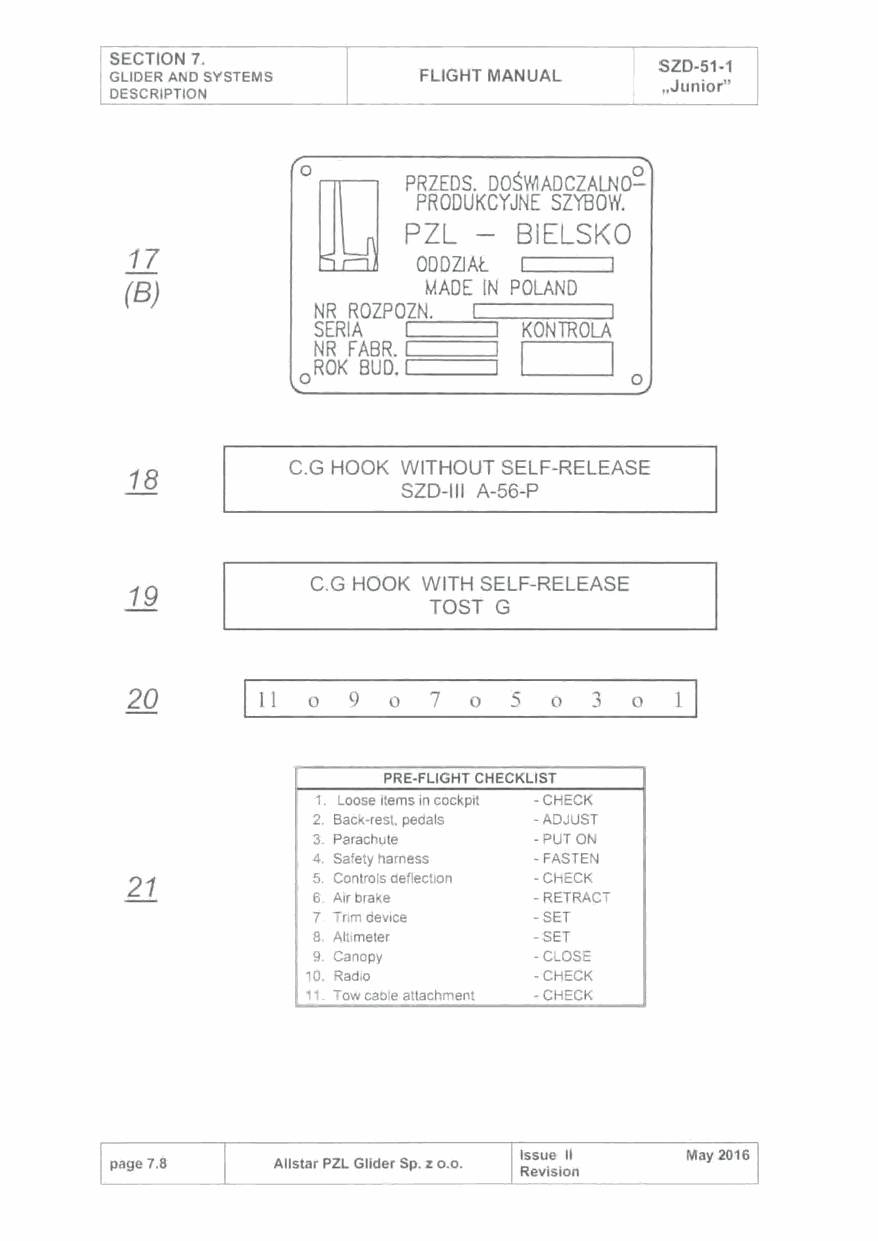
SECTION 7.
 SZD-51-1
 GLIDER AND SYSTEMS   FLIGHT MANUAL
 ,Junior"
 DESCRIPTION
 0
 PRZEDS. DOS\'11ADCZALNO~
 [J
 PRODUKCYJNE SZYBOW.
 PZL  - BIELSKO
 17
 ODDZJAl:.
 (B)                 MADE IN POLAND
 NR R0 Z P 0/=!ZN..!.c. --==,.--;"""n:;r;;-;-'
 SERIA         KONTROLA
 I     I
 NR FABR.
 ROK BUD.:===~
 0                     0
 C.G HOOK WITHOUT SELF-RELEASE
 18
 SZD-111 A-56-P
 C.G HOOK WITH SELF-RELEASE
 19
 TOST G
 20      11 0  9  0  7 0  5  0 3  0
 PRE-FLIGHT CHECKLIST
 1. Loose items in cockpit -CHECK
 2. Back-rest, pedals -ADJUST
 3. Parachute  -PUT ON
 4. Safety harness -FASTEN
 21          5. Controls deflection -CHECK
 6. Air brake  -RETRACT
 7. Tnm device -SET
 8. Altimeter  -SET
 9. Canopy     -CLOSE
 10. Radio      -CHECK
 11. Tow cable attachment -CHECK
 Issue 11  May 2016
 page 7.8   All star PZL Glider Sp. z o.o.
 Revision